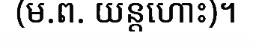
(ម.ព. យន្តហោះ)។